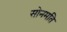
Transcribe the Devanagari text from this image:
सोनमति